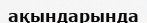
ақындарында